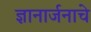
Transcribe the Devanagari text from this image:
ज्ञानार्जनाचे